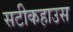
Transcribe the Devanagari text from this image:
सटीकहाउस